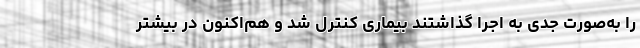
را به‌صورت جدی به اجرا گذاشتند بیماری کنترل شد و هم‌اکنون در بیشتر